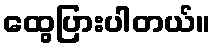
ထွေပြားပါတယ်။